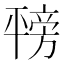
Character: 𪪇